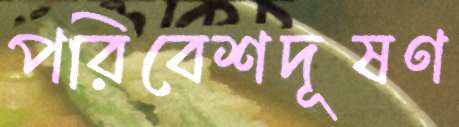
পরিবেশদূষণ